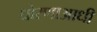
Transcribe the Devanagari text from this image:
धोरणाआधी